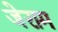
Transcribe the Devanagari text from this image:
जेराम